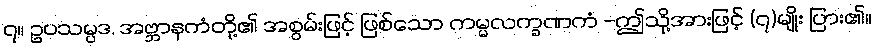
၇။ ဥပသမ္ပဒ, အဗ္ဘာနကံတို့၏ အစွမ်းဖြင့် ဖြစ်သော ကမ္မလက္ခဏကံ -ဤသို့အားဖြင့် (၇)မျိုး ပြား၏။